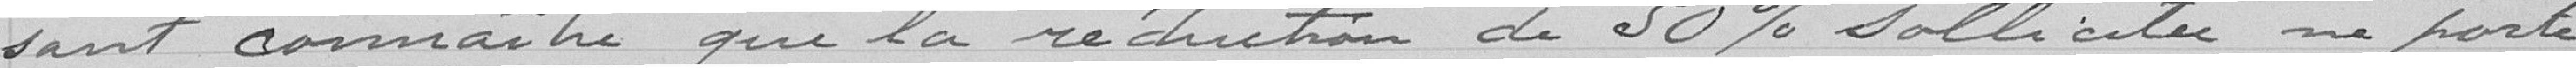
sant connaître que la réduction de 50 % sollicitée ne porte